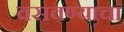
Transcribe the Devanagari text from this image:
वसवण्याचा